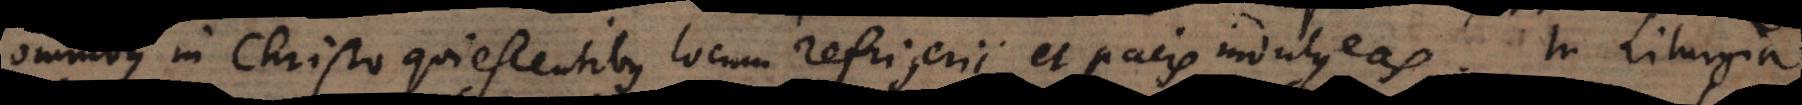
omnibus in Christo quiescentibus locum refrigerii et pacis indulgeas. In Liturgia